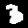
Digit: 3